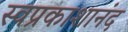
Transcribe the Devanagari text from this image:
स्वप्रकाशानंद